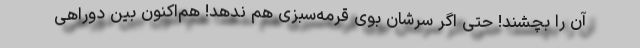
آن را بچشند! حتی اگر سرشان بوی قرمه‌سبزی هم ندهد! هم‌اکنون بین دوراهی